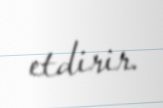
etdirir.